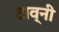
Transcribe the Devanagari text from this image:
टाव्नी